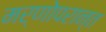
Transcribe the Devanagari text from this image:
मर्णोपरान्त